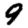
Digit: 9